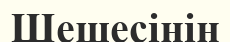
Шешесінің